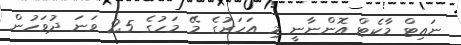
ނައިޓް މާކެޓް އޮންނާނީ މި އަހަރުގެ މޭ މަހުގެ 25 ވަނަ ދުވަހުން